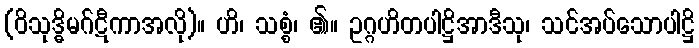
(ဝိသုဒ္ဓိမဂ်ဋီကာအလို)။ ဟိ၊ သစ္စံ၊ ၏။ ဥဂ္ဂဟိတပါဋ္ဌိအာဒီသု၊ သင်အပ်သောပါဋ္ဌိ